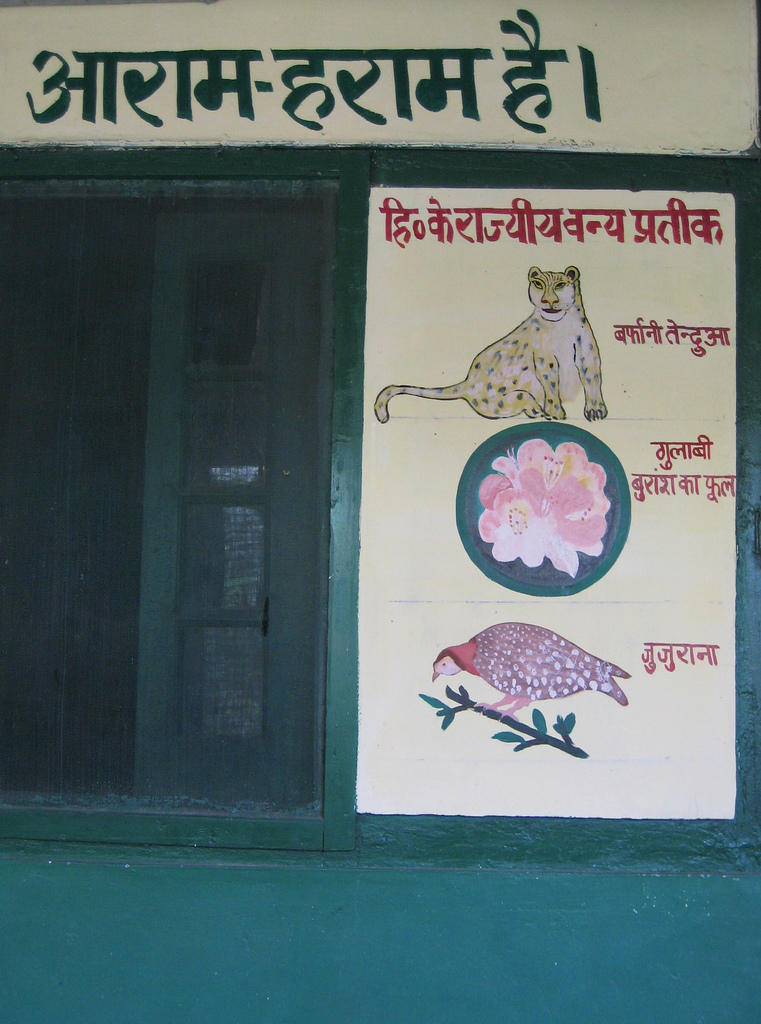
Language: hindi
Transcription: है। हराम हि० के वन्य प्रतीक जुजुराना गुलाबी का फूल बर्फानी राज्यीय बुराश